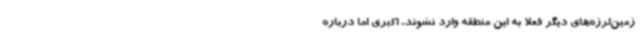
زمین‌لرزه‌های دیگر فعلا به این منطقه وارد نشوند. اکبری اما درباره‌